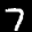
Label: 7